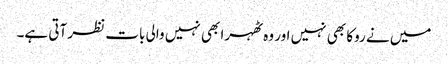
میں نے روکا بھی نہیں اور وہ ٹھہرا بھی نہیں والی بات نظر آتی ہے۔